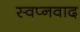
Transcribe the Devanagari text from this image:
स्वप्नवाद